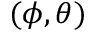
( \phi , \theta )